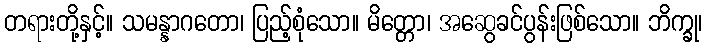
တရားတို့နှင့်။ သမန္နာဂတော၊ ပြည့်စုံသော။ မိတ္တော၊ အဆွေခင်ပွန်းဖြစ်သော။ ဘိက္ခု၊